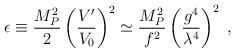
\begin{align*}\epsilon \equiv \frac{M_P^2}{2} \left(\frac{V'}{V_0}\right)^2 \simeq\frac{M_P^2}{f^2} \left(\frac{g^4}{\lambda^4}\right)^2 \;,\end{align*}